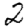
Digit: 2